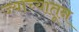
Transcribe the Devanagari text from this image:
ज्याच्यातून